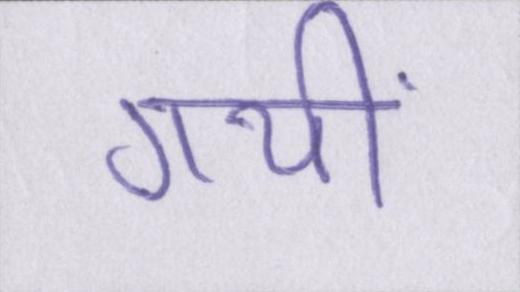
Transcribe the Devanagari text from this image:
गयीं